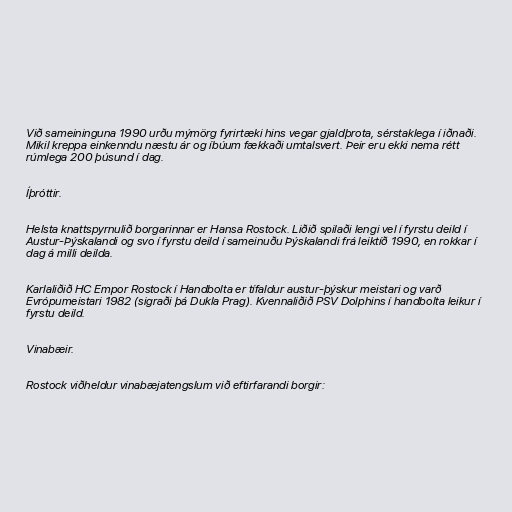
Við sameininguna 1990 urðu mýmörg fyrirtæki hins vegar gjaldþrota, sérstaklega í iðnaði.
Mikil kreppa einkenndu næstu ár og íbúum fækkaði umtalsvert. Þeir eru ekki nema rétt
rúmlega 200 þúsund í dag.

Íþróttir.

Helsta knattspyrnulið borgarinnar er Hansa Rostock. Liðið spilaði lengi vel í fyrstu deild í
Austur-Þýskalandi og svo í fyrstu deild í sameinuðu Þýskalandi frá leiktíð 1990, en rokkar í
dag á milli deilda.

Karlaliðið HC Empor Rostock í Handbolta er tífaldur austur-þýskur meistari og varð
Evrópumeistari 1982 (sigraði þá Dukla Prag). Kvennaliðið PSV Dolphins í handbolta leikur í
fyrstu deild.

Vinabæir.

Rostock viðheldur vinabæjatengslum við eftirfarandi borgir: